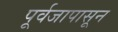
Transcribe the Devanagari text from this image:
पूर्वजापासून